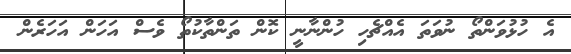
އެ ހުޅުވަންތޯ ނުވަތަ އެއްޗެހި ހުންނާނީ ކޮން ތަންތާކުތޯ ވެސް އަހަން އަހަރެން